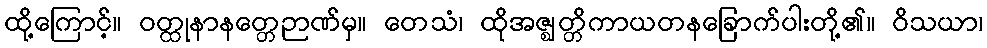
ထို့ကြောင့်။ ဝတ္ထုနာနတ္တေဉာဏ်မှ။ တေသံ၊ ထိုအဇ္ဈတ္တိကာယတနခြောက်ပါးတို့၏။ ဝိသယာ၊